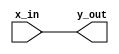
`timescale 1ns / 1ps
//////////////////////////////////////////////////////////////////////////////////
// Student: Tawseef Patel 101145333 & Saad Babur 101123210
// 
// Design Name: lab1_2_1.v 
// Module Name: lab1_2_1
// Project Name: Lab 1_2
//////////////////////////////////////////////////////////////////////////////////


module lab1_2_1(
    input [7:0]x_in,
    output [7:0]y_out
    );
    
    assign y_out = x_in;
    
endmodule